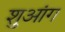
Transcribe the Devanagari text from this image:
शुआंग